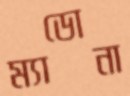
ম্যাডোনা